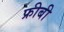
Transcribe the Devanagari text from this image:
फ्रीबी